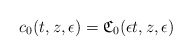
\begin{align*}c_{0}(t,z,\epsilon) = \mathfrak{C}_{0}(\epsilon t,z,\epsilon)\end{align*}